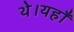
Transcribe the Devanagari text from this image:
थे।यहाँ